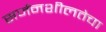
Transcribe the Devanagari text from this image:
सर्जनशीलतेचा